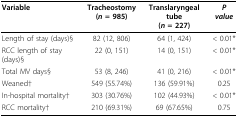
<table><thead><tr><td><b>Variable</b></td><td><b>Tracheostomy(<i>n</i> = 985)</b></td><td><b>Translaryngeal tube(<i>n</i> = 227)</b></td><td><b><i>P value</i></b></td></tr></thead><tbody><tr><td>Length of stay (days)§</td><td>82 (12, 806)</td><td>64 (1, 424)</td><td>&lt; 0.01*</td></tr><tr><td>RCC length of stay (days)§</td><td>22 (0, 151)</td><td>14 (0, 151)</td><td>&lt; 0.01*</td></tr><tr><td>Total MV days§</td><td>53 (8, 246)</td><td>41 (0, 216)</td><td>&lt; 0.01*</td></tr><tr><td>Weaned†</td><td>549 (55.74%)</td><td>136 (59.91%)</td><td>0.25</td></tr><tr><td>In-hospital mortality†</td><td>303 (30.76%)</td><td>102 (44.93%)</td><td>&lt; 0.01*</td></tr><tr><td>RCC mortality†</td><td>210 (69.31%)</td><td>69 (67.65%)</td><td>0.75</td></tr></tbody></table>